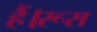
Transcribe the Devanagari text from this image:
हैं।रूस